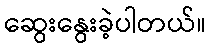
ဆွေးနွေးခဲ့ပါတယ်။